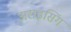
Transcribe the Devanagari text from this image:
अराइसिंग